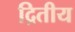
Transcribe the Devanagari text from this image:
द्रितीय